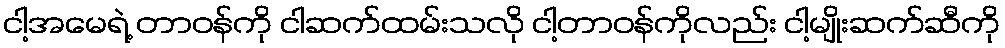
ငါ့အမေရဲ့ တာဝန်ကို ငါဆက်ထမ်းသလို ငါ့တာဝန်ကိုလည်း ငါ့မျိုးဆက်ဆီကို